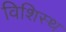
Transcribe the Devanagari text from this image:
विशिस्थ